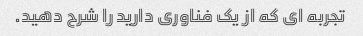
تجربه ای که از یک فناوری دارید را شرح دهید.